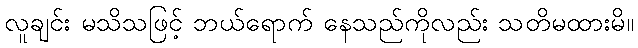
လူချင်း မသိသဖြင့် ဘယ်ရောက် နေသည်ကိုလည်း သတိမထားမိ။